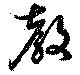
教